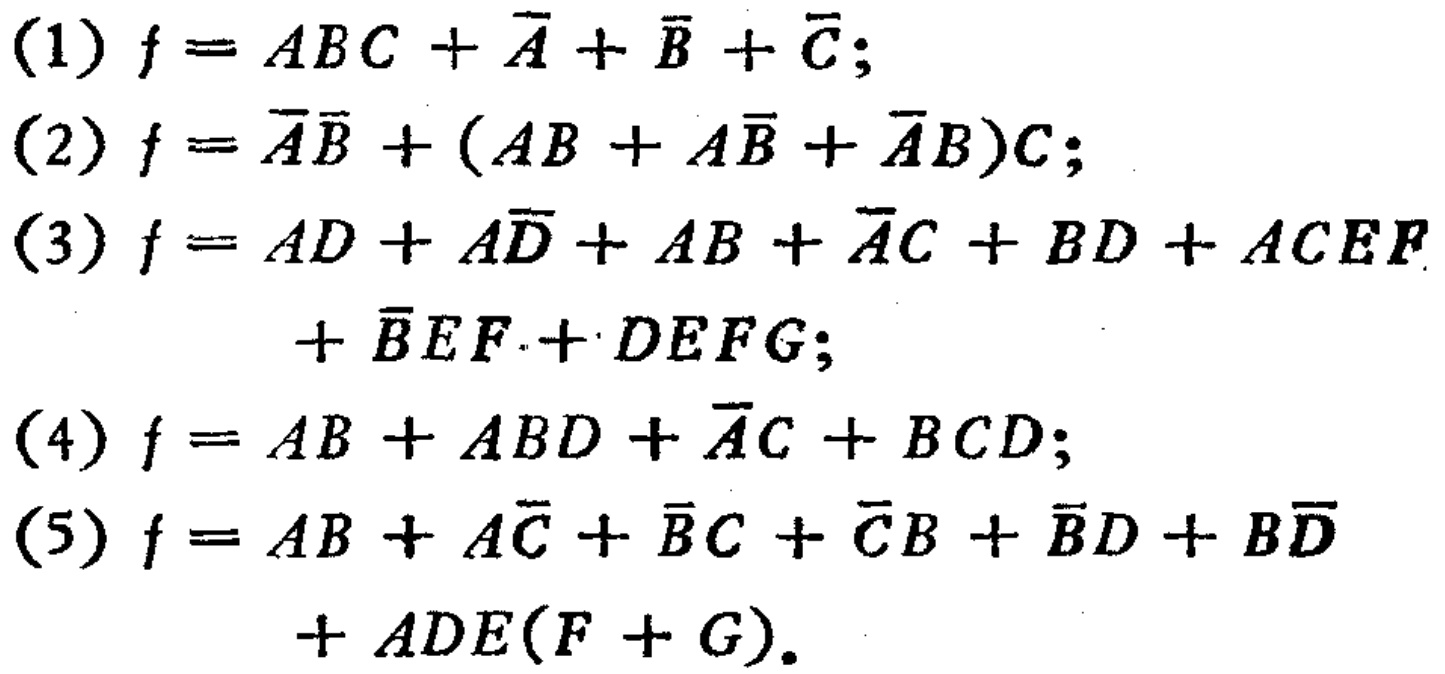
(1) \(f = ABC+\overline{A}+\overline{B}+\overline{C}\);

(2) \(f = \overline{A}\overline{B}+(AB + A\overline{B}+\overline{A}B)C\);

(3) \(f = AD+A\overline{D}+AB+\overline{A}C + BD+ACEF+\overline{B}EF + DEFG\);

(4) \(f = AB+ABD+\overline{A}C + BCD\);

(5) \(f = AB+A\overline{C}+\overline{B}C+\overline{C}B+\overline{B}D + B\overline{D}+ADE(F + G)\)